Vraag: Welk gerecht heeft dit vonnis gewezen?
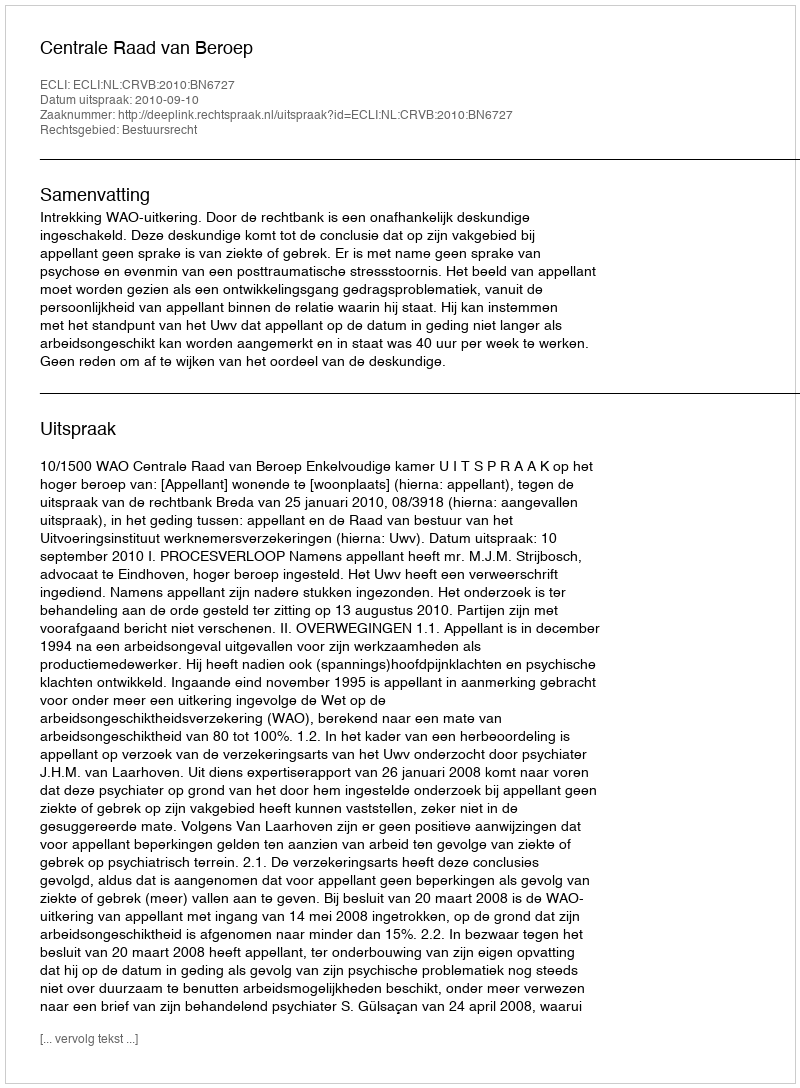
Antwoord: Centrale Raad van Beroep